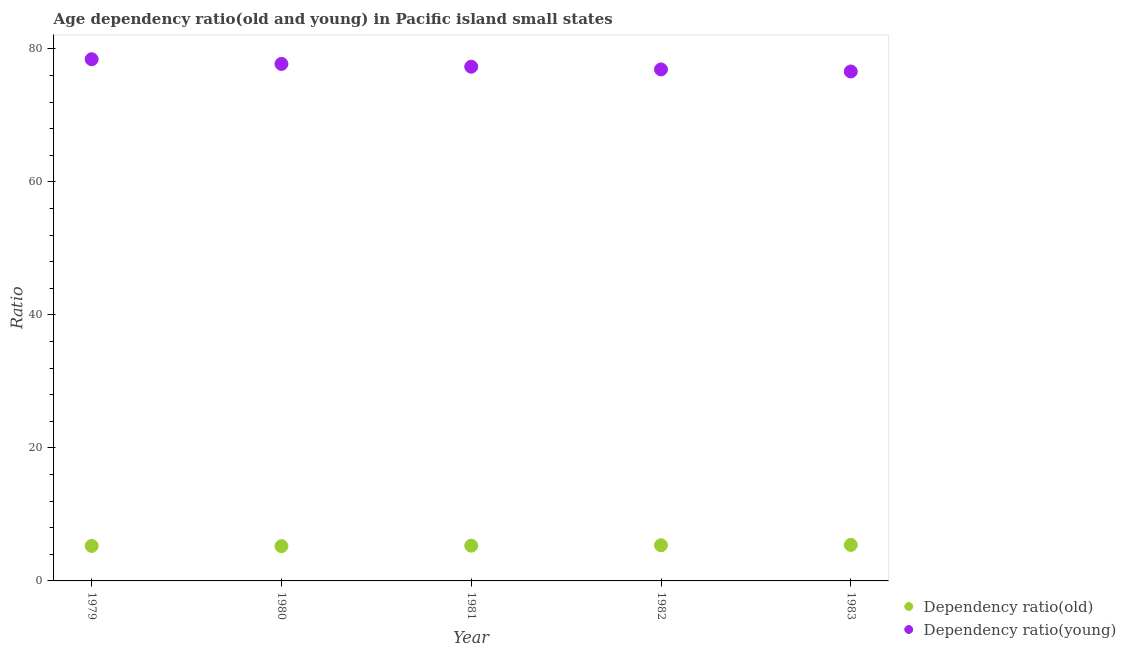
| Year | Dependency ratio(old) | Dependency ratio(young) |
 | --- | --- | --- |
 | 1979 | 5.26 | 78.4 |
 | 1980 | 5.23 | 77.7 |
 | 1981 | 5.3 | 77.3 |
 | 1982 | 5.36 | 76.9 |
 | 1983 | 5.41 | 76.6 |